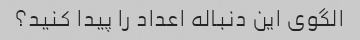
الگوی این دنباله اعداد را پیدا کنید؟